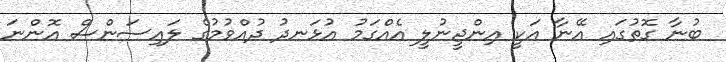
ބުނާ ގޮތުގައި އޭނާ އަކީ އިންޖީނުލީ އެއްގަމު އުޅަނދު ދުއްވުމުގެ ލައިސަންސް އޮންނަ